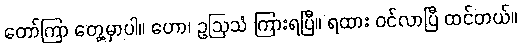
တော်ကြာ တွေ့မှာပါ။ ဟော၊ ဥဩသံ ကြားရပြီ။ ရထား ဝင်လာပြီ ထင်တယ်။